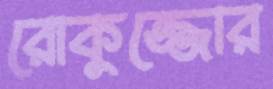
রোকুজ্জোর